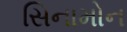
સિનામોન